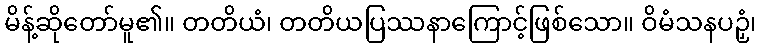
မိန့်ဆိုတော်မူ၏။ တတိယံ၊ တတိယပြဿနာကြောင့်ဖြစ်သော။ ဝိမံသနပဉှံ၊